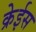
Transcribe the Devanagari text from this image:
क्रेईस